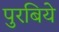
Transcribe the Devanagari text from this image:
पुरबिये